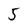
Character: 5